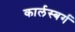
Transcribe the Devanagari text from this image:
कार्लस्बर्ग